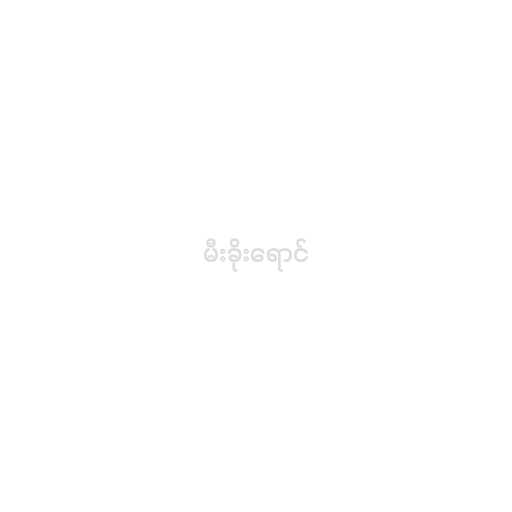
မီးခိုးရောင်